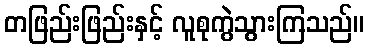
တဖြည်းဖြည်းနှင့် လူစုကွဲသွားကြသည်။